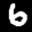
Label: 6